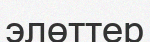
элөттер